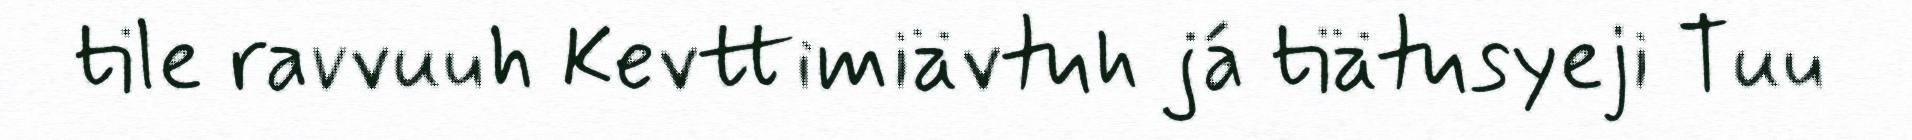
tile ravvuuh Kevttimiävtuh já tiätusyeji Tuu